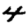
Digit: 4